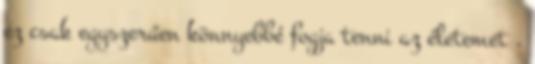
ez csak egyszerűen könnyebbé fogja tenni az életemet .